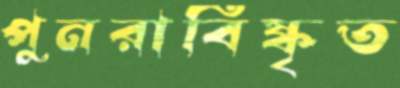
পুনরাবিষ্কৃত